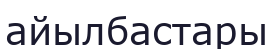
айылбастары